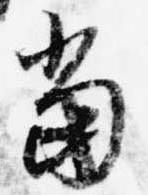
当